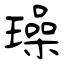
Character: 璪